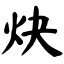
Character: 炔